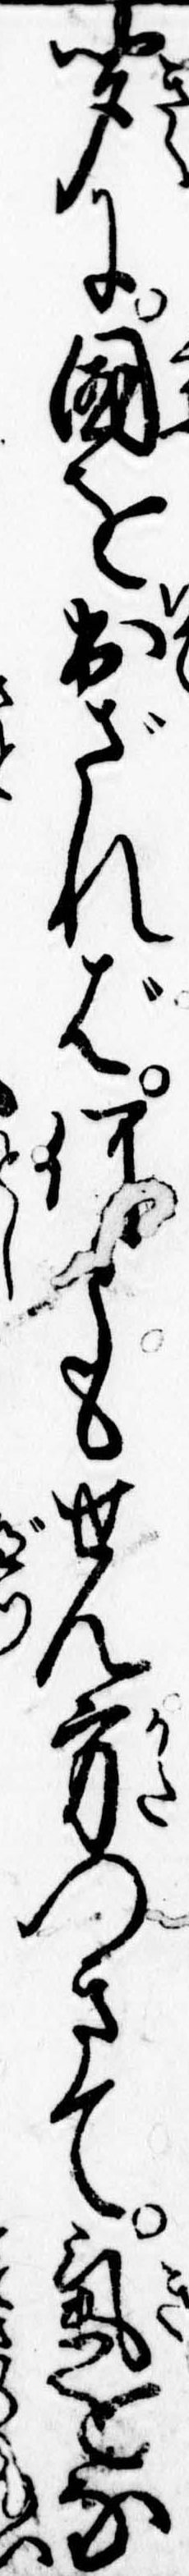
聞に国を出ざれば何ともせん方つきて気をな